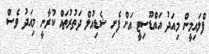
ފްލައިމީން މިއަދު އައްޑޫސިޓީ އަށް ފެށި ޝެޑިއުލް ދަތުރުތައް ކުރާނީ މިއަދު ވެސް